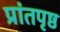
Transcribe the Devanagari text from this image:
प्रांतपृष्ठ